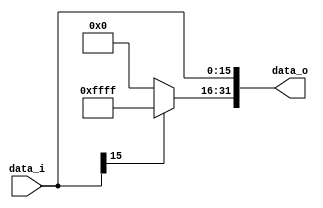
module Sign_Extend( data_i, data_o );

//I/O ports
input	[16-1:0] data_i;
output reg	[32-1:0] data_o;

//Internal Signals
/*
wire	[32-1:0] data_o;
*/
genvar i;
//Sign extended
/*your code here*/
always@(data_i)begin
    if(data_i[15] == 0)begin
        data_o[31:16] = 16'b0000000000000000; 
        data_o[15:0] = data_i[15:0]; 
    end
    else begin
        data_o[31:16] = 16'b1111111111111111; 
        data_o[15:0] = data_i[15:0]; 
    end
end

endmodule